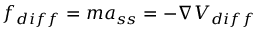
f _ { d i f f } = m a _ { s s } = - \nabla V _ { d i f f }